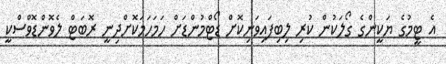
އެ ޓީމުގެ ޔަކީންގެ ގޯލަކުން ކުރި ލިބިފައިވަނިކޮށް ޑޯޓްމުންޑަށް ހަމަހަމަކޮށްދިނީ ރޮބަޓް ލެވޮންޑޮވްސްކީ